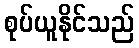
စုပ်ယူနိုင်သည်